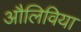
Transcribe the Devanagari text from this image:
औलिविया